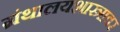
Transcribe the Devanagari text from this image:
ग्रंथालयशास्त्रावर